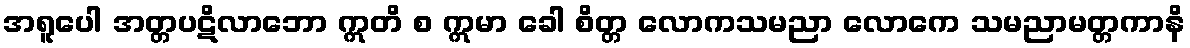
အရူပေါ အတ္တပဋိလာဘော ဣတိ စ ဣမာ ခေါ စိတ္တ လောကသမညာ လောကေ သမညာမတ္တကာနိ